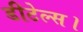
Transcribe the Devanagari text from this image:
डीटेल्स।